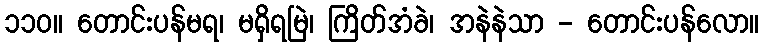
၁၁၀။ တောင်းပန်မရ၊ မရှိရမြဲ၊ ကြိတ်အံခဲ၊ အနဲနဲသာ - တောင်းပန်လော။